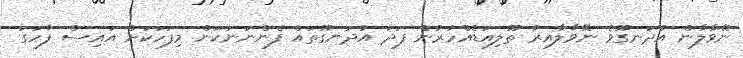
ނޭވާލާން އުދަނގޫވެ ނޭވާލާއިރު ތޫލިއަޑެއްހުރުން ފަދަ އުދަނގޫތައް ފެންނަނަކަން މިފަހަކަށް އައިސް ފާހަގަ